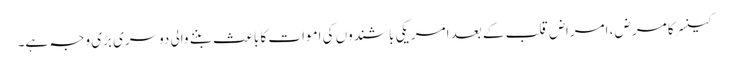
کینسر کا مرض ، امراض قلب کے بعد امریکی باشندوں کی اموات کا باعث بننے والی دوسری بڑی وجہ ہے۔